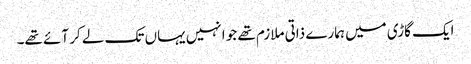
ایک گاڑی میں ہمارے ذاتی ملازم تھے جو انہیں یہاں تک لے کر آئے تھے۔